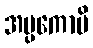
အပ္ပကောပိ